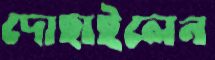
দোহাইলেন